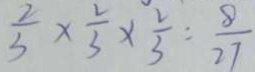
\frac { 2 } { 3 } \times \frac { 2 } { 3 } \times \frac { 2 } { 3 } : \frac { 8 } { 2 7 }